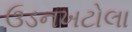
ઉડનખટોલા